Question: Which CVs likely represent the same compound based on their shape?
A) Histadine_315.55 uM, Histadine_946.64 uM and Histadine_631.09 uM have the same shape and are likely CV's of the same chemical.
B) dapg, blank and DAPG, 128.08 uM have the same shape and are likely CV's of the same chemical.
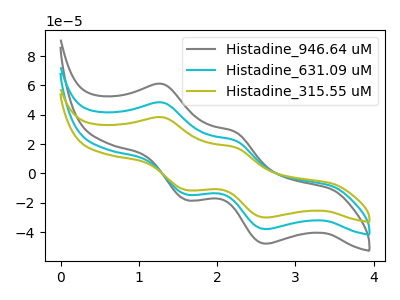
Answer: <think>The gray curve "Histadine_946.64 uM" has anodic peaks at (1.30V, 96.60uA) (2.25V, 44.85uA) and cathodic peaks at (1.60V, -28.70uA) (2.65V, -75.90uA). The cyan curve "Histadine_631.09 uM" has anodic peaks at (1.30V, 48.30uA) (2.25V, 22.40uA) and cathodic peaks at (1.60V, -14.35uA) (2.65V, -37.95uA). The olive curve "Histadine_315.55 uM" has anodic peaks at (1.30V, 38.25uA) (2.25V, 17.75uA) and cathodic peaks at (1.60V, -11.40uA) (2.65V, -30.05uA).
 All the peaks in "Histadine_946.64 uM" have a peak in "Histadine_631.09 uM" at the same potential. Every peak in "Histadine_946.64 uM" is higher than every peak in "Histadine_631.09 uM". All the peaks in "Histadine_946.64 uM" have a peak in "Histadine_315.55 uM" at the same potential. Every peak in "Histadine_946.64 uM" is higher than every peak in "Histadine_315.55 uM". All the peaks in "Histadine_631.09 uM" have a peak in "Histadine_315.55 uM" at the same potential. Every peak in "Histadine_631.09 uM" is higher than every peak in "Histadine_315.55 uM".</think>
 <answer>A) "Histadine_315.55 uM", "Histadine_946.64 uM" and "Histadine_631.09 uM" have the same shape and are likely CV's of the same chemical.</answer>
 <eval>A</eval>